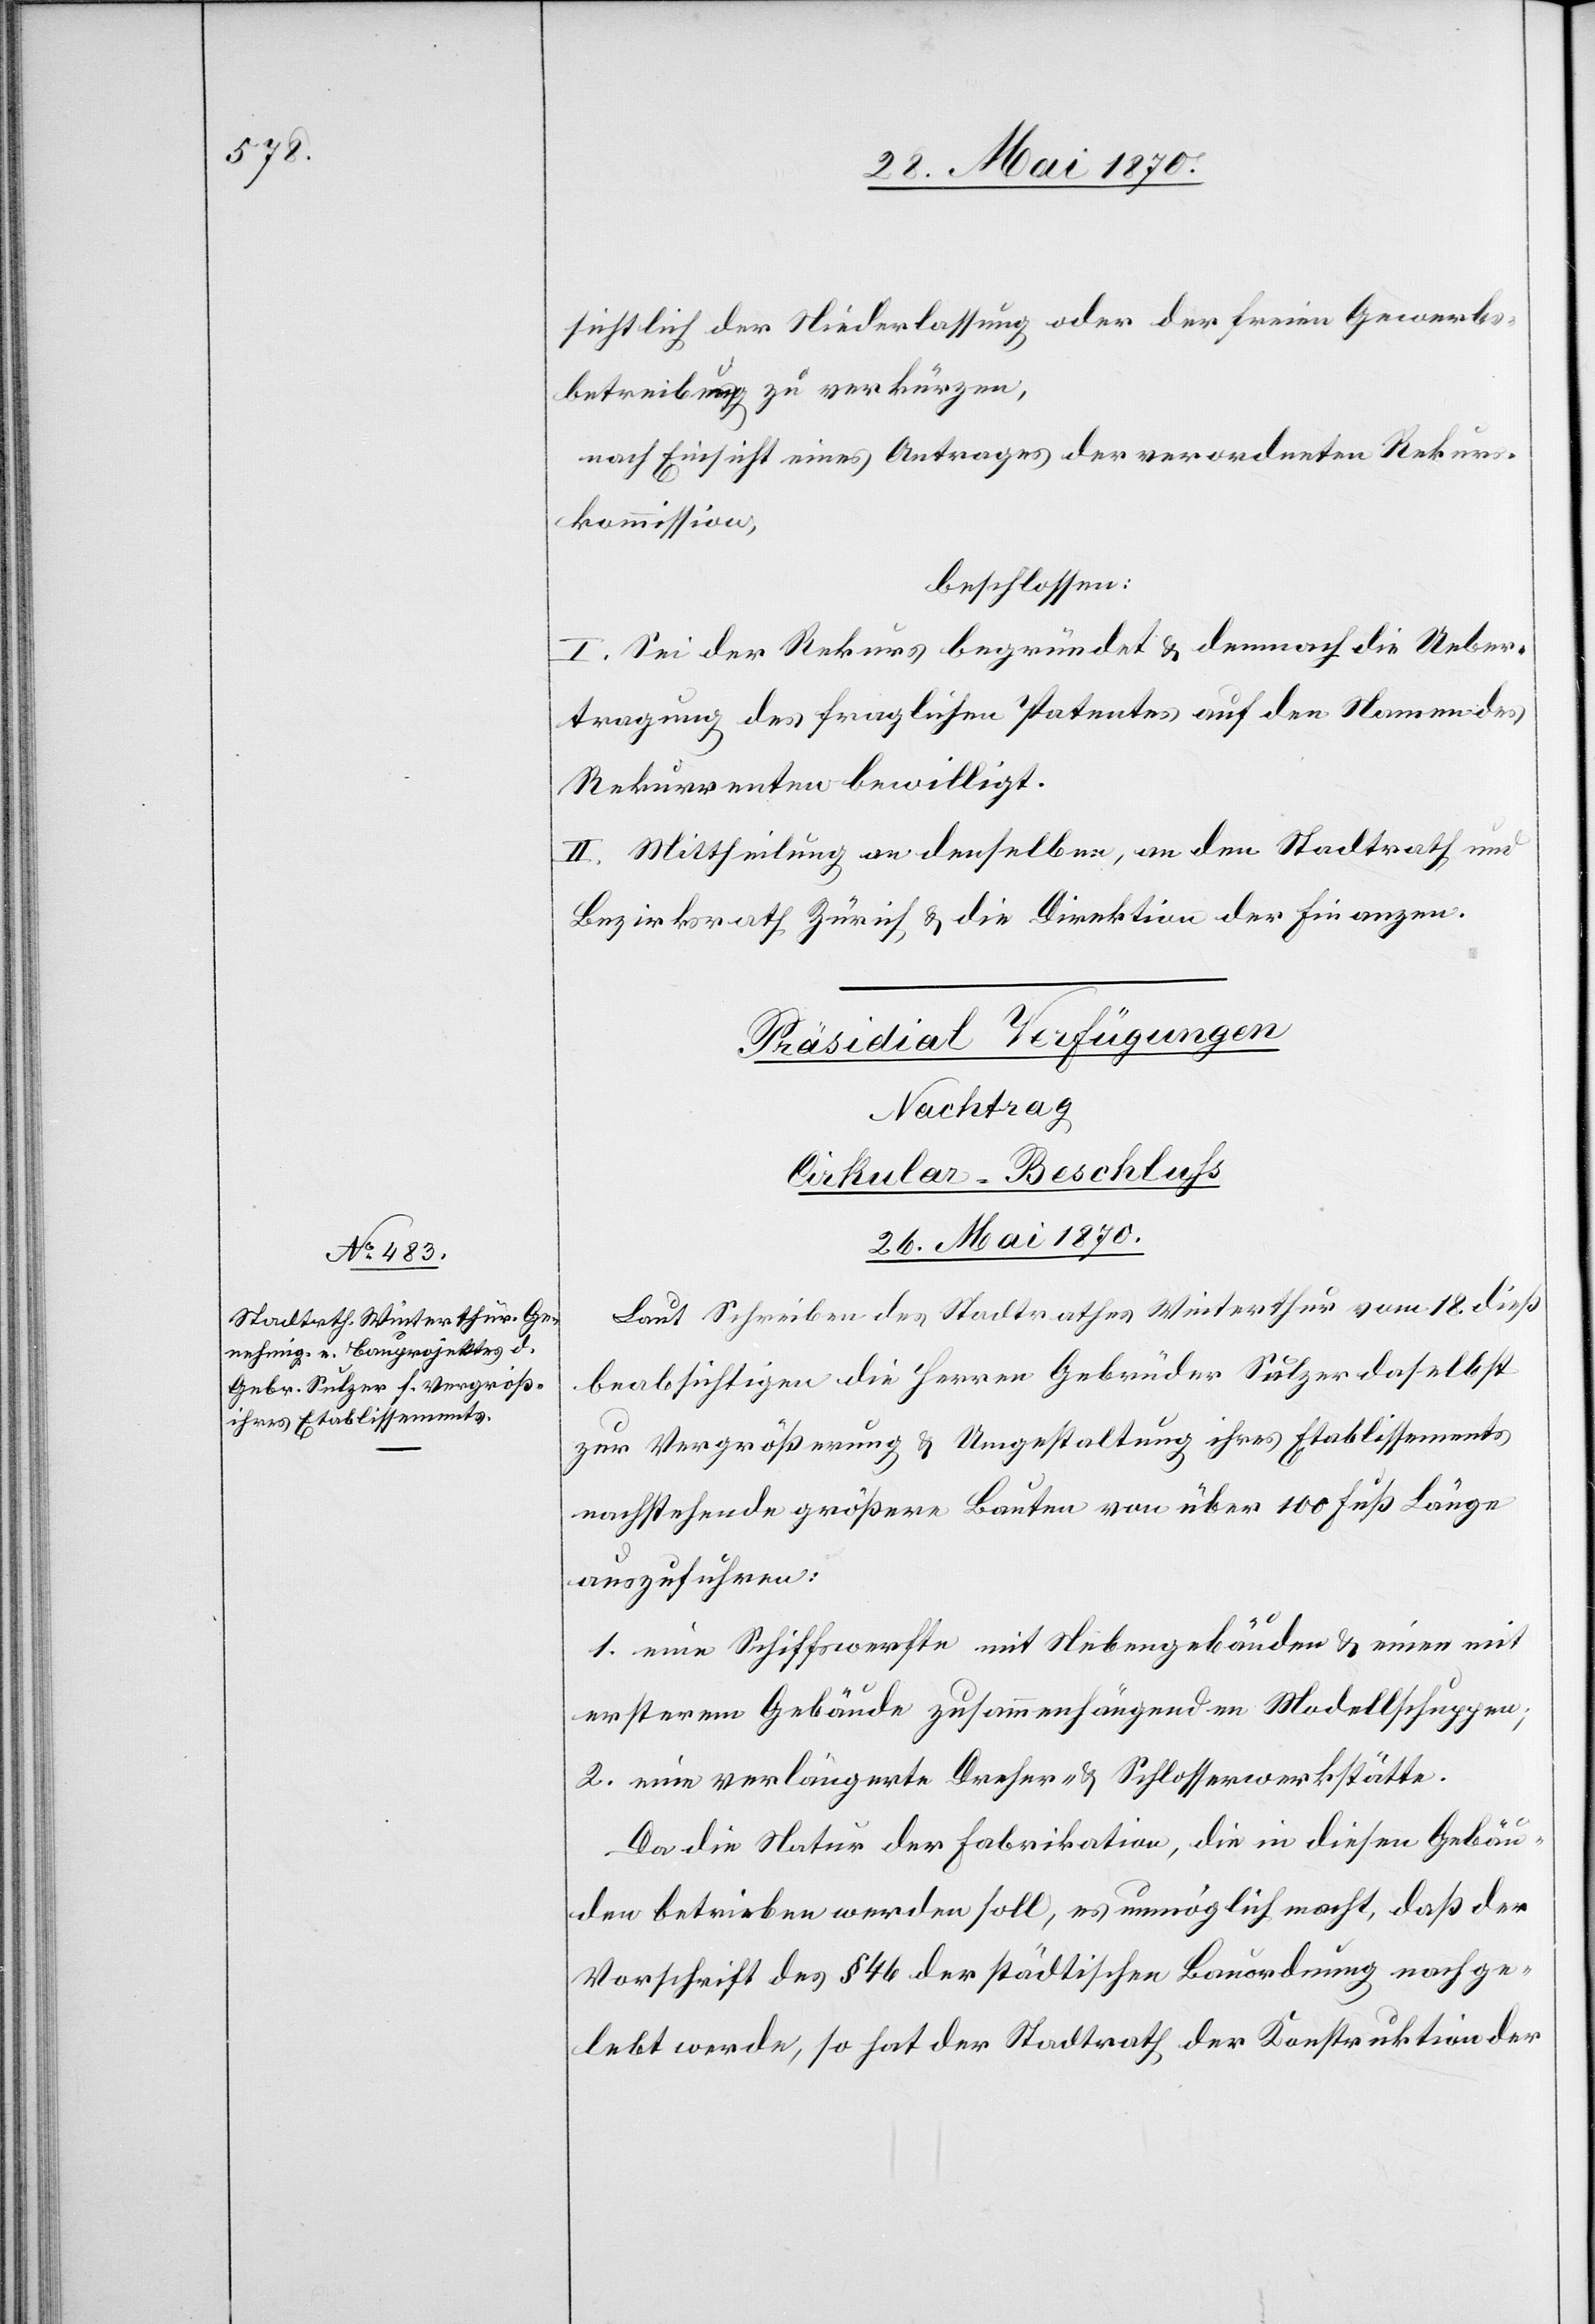
sichtlich der Niederlassung oder der freien Gewerbs¬
betreibung zu verkürzen,
nach Einsicht eines Antrages der verordneten Rekur¬
skommission,
beschlossen:
I. Sei der Rekurs begründet & demnach die Ueber¬
tragung des fraglichen Patentes auf den Namen des
Rekurrenten bewilligt.
II. Mittheilung an denselben, an den Stadtrath und
Bezirksrath Zürich & die Direktion der Finanzen.
Präsidial Verfügungen
Nachtrag
Cirkular-Beschluß
26. Mai 1870.
Laut Schreiben des Stadtrathes Winterthur vom 18. dieß
beabsichtigen die Herren Gebrüder Sulzer daselbst
zur Vergrößerung & Umgestaltung ihres Etablissements
nachstehende größere Baute von über 100 Fuß Länge
auszuführen.
1. eine Schiffswerfte mit Nebengebäuden & einen mit
ersterem Gebäude zusammenhängenden Modellschuppen;
2. eine verlängerte Dreher- & Schlosserwerkstätte.
Da die Natur der Fabrikation, die in diesen Gebäu¬
den betrieben werden soll, es unmöglich macht, daß der
Vorschrift des § 46 der städtischen Bauordnung nach ge¬
lebt werde, so hat der Stadtrath der Konstruktion der